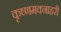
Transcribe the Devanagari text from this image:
कृष्णमक्नाहरी